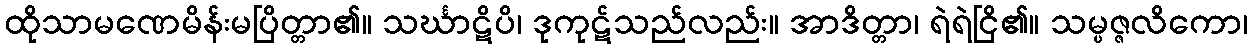
ထိုသာမဏေမိန်းမပြိတ္တာ၏။ သင်္ဃာဋိပိ၊ ဒုကုဋ်သည်လည်း။ အာဒိတ္တာ၊ ရဲရဲငြိ၏။ သမ္ပဇ္ဇလိကော၊